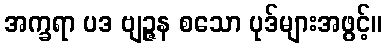
အက္ခရာ ပဒ ဗျဉ္ဇန စသော ပုဒ်များအဖွင့်။